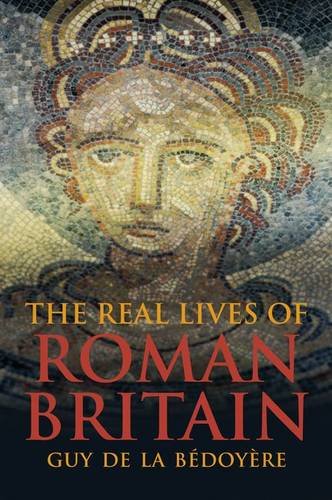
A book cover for The Real Lives of Roman Britain; Guy de la Bedoyere; History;